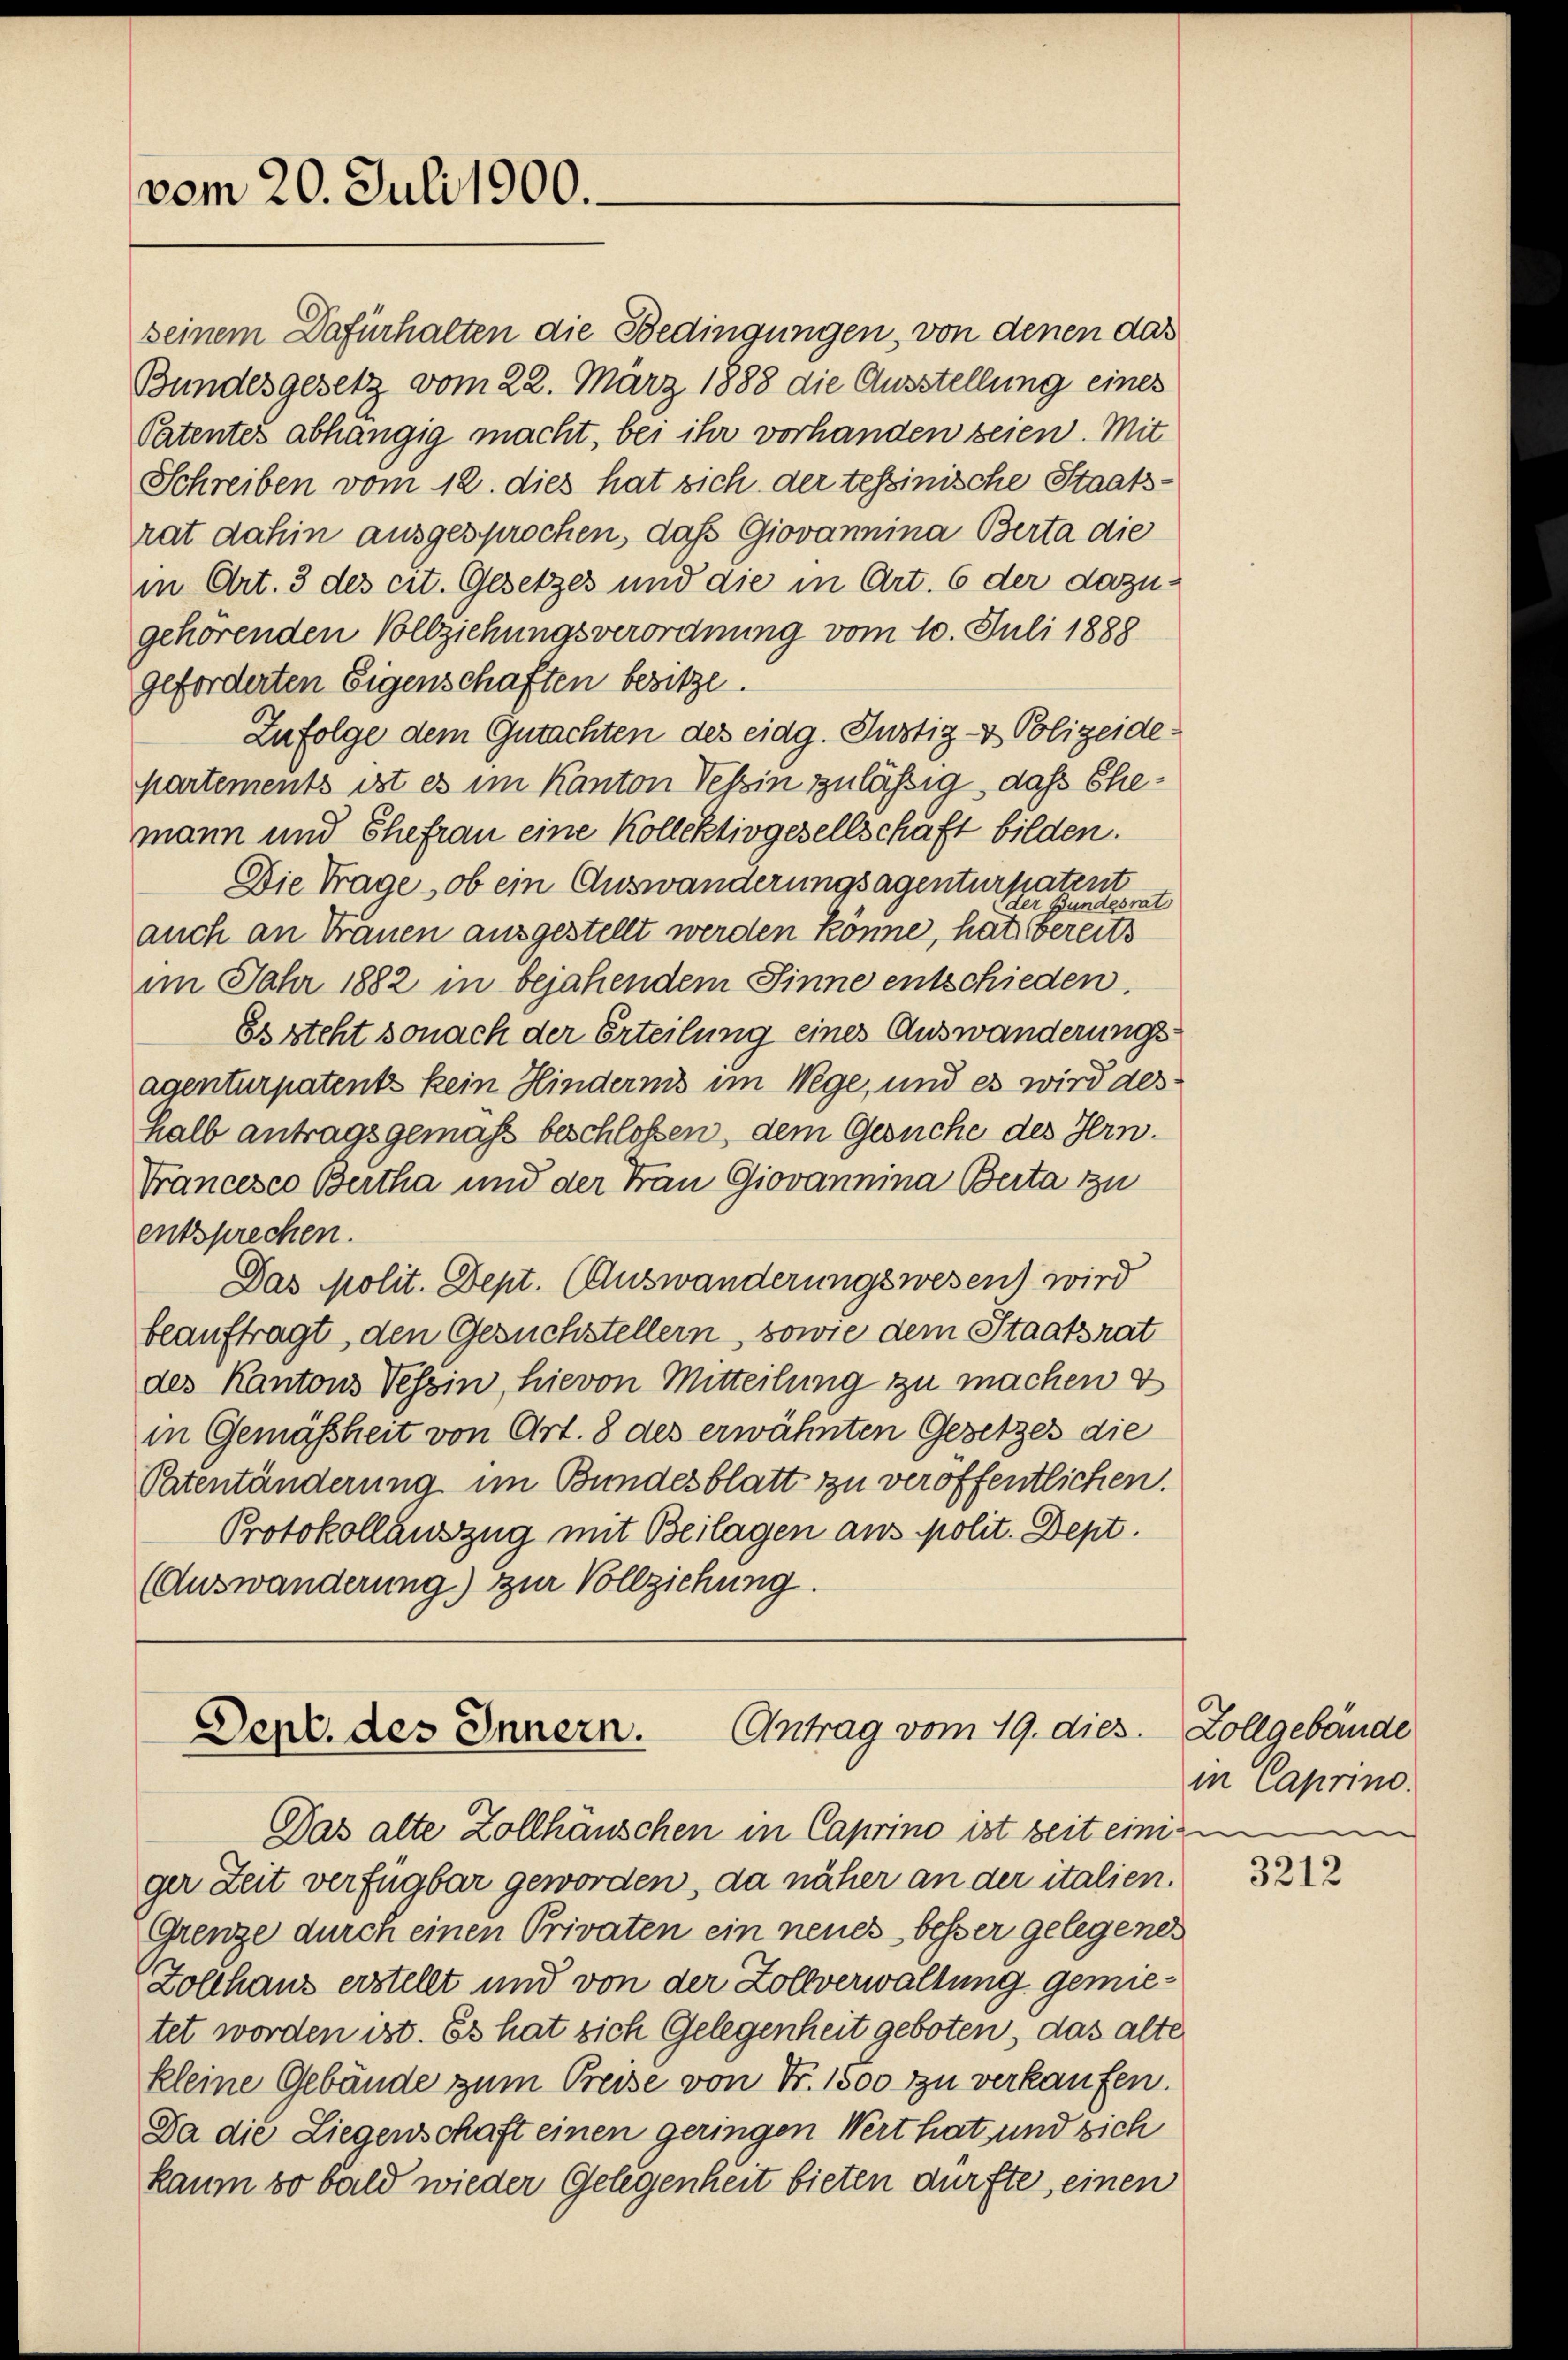
vom 20. Juli 1900.

mann und Ehefrau eine Kollektivgesellschaft bilden.
Die Trage, ob ein Auswanderungsagenturpatent
ter Bundesrat
auch an Frauen ausgestellt werden könne, hat bereits
im Jahr 1882 in bejahendem Sinne entschieden.
Es steht sonach der Erteilung eines Auswanderungsagenturpatents kein Hindernis im Wege, und es wird des
halb antragsgemäß beschloßen, dem Gesuche des Hrn.
Francesco Bertha und der Frau Giovannina Berta zu
entsprechen.
Das Molit. Dept. (Auswanderungswesen) wird
beauftragt, den Gesuchstellern, sowie dem Staatsrat
des Kantons Tessin, hievon Mitteilung zu machen d
in Gemäßheit von Art. 8 des erwähnten Gesetzes die
Patentänderung im Bundesblatt zu veröffentlichen.
Protokollauszug mit Beilagen aus polit. Dept.
(Auswanderung) zur Vollziehung.

seinem Dafürhalten die Bedingungen, von denen das
Bundesgesetz vom 22. März 1888 die Ausstellung eines
Patentes abhängig macht, bei ihr vorhanden seien. Mit
Schreiben vom 12. dies hat sich der tessinische Staatsrat dahin ausgesprochen, das Giovanina Berta die
in Art. 3 des cit. Gesetzes und die in Art. 6 der dazugehörenden Vollziehungsverordnung vom 10. Juli 1888
geforderten Eigenschaften besitze.
Zufolge dem Gutachten des eidg. Justiz- & Polizeidekartements ist es im Kanton Tessin zulässig, das Ehe¬

Antrag vom 19. dies
Dept. des Innern.

Das alte Zollhäuschen in Caprino ist beit einige
ger Zeit verfügbar geworden, da näher an der italien.
Grenze durch einen Privaten ein neues besser gelegenes
Zollhaus erstellt und von der Zollverwaltung gemietet worden ist. Es hat sich Gelegenheit geboten, das alte
kleine Gebäude zum Preise von Fr. 1500 zu verkaufen.
Da die Liegenschaft einen geringen Wert hat und sich
kaum so bald wieder Gelegenheit bieten dürfte, einen

Zollgebäude
in Caprino.

3212